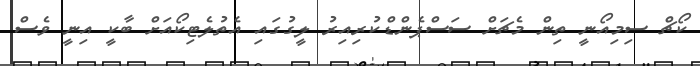
ކޯޗް ސިމިއޯނީ ތިން މެޗަށް ސަސްޕެންޑްކުރިއިރު ލީގުގައި އެތުލެޓިކޯއަށް ބާކީ އިނީ ވެސް